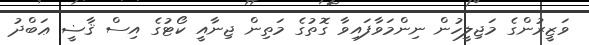
ވަޒީރުންގެ މަޖިލީހުން ނިންމަވާފައިވާ ގޮތުގެ މަތިން ޖިނާއީ ކޯޓުގެ އިސް ޤާޟީ ޢަބްދު